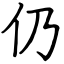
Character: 仍